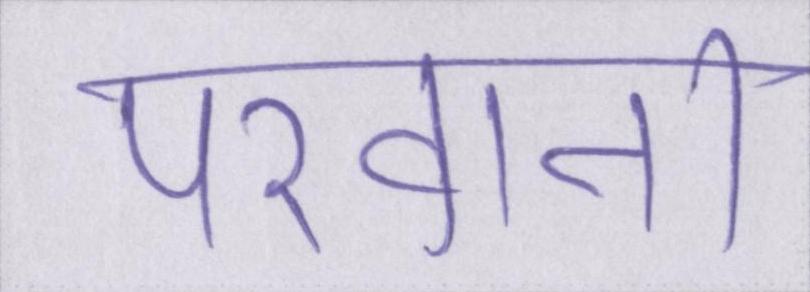
परवाना